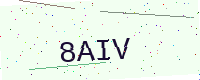
Text: 8AIV